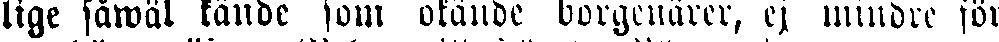
lige såwäl kände som okände borgenärer, ej mindre för